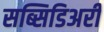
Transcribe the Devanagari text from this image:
सब्सिडिअरी